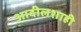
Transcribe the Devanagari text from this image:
आदीलशाही